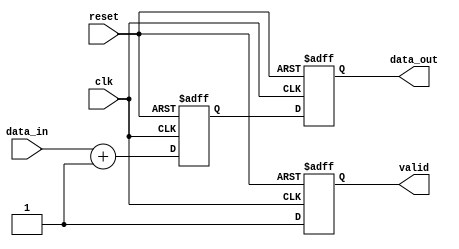
module behavioral_model (
    input wire clk,
    input wire reset,
    input wire [3:0] data_in,
    output reg [3:0] data_out,
    output reg valid
);

    // Signal Declaration
    reg [3:0] internal_reg;

    // Task Definition
    task process_data;
        input [3:0] data;
        begin
            // Simulate some processing on data
            internal_reg <= data + 1; // Non-blocking assignment
            valid <= 1'b1; // Set valid flag
        end
    endtask

    // Continuous Assignment
    always @(posedge clk or posedge reset) begin
        if (reset) begin
            data_out <= 4'b0000; // Reset output
            valid <= 1'b0; // Reset valid flag
            internal_reg <= 4'b0000; // Reset internal register
        end else begin
            // Call the task to process data
            process_data(data_in);
            data_out <= internal_reg; // Update output with processed data
        end
    end

    // Event Handling - Example of monitoring a signal
    always @(posedge clk) begin
        if (valid) begin
            // Additional logic can be added here based on valid signal
        end
    end

endmodule